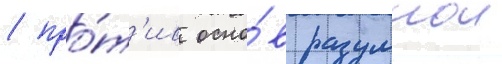
/ про́т'ив осно́в разумнои